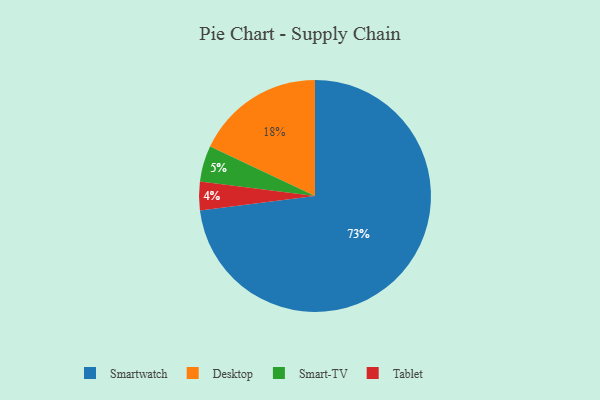
{"axis": {"x": "Category", "y": "Percentage"}, "legend": ["Desktop", "Smart-TV", "Smartwatch", "Tablet"], "data": [{"x": "Desktop", "y": 18, "type": "Desktop"}, {"x": "Tablet", "y": 4, "type": "Tablet"}, {"x": "Smart-TV", "y": 5, "type": "Smart-TV"}, {"x": "Smartwatch", "y": 73, "type": "Smartwatch"}]}